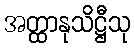
အတ္ထာနုသိဋ္ဌီသု